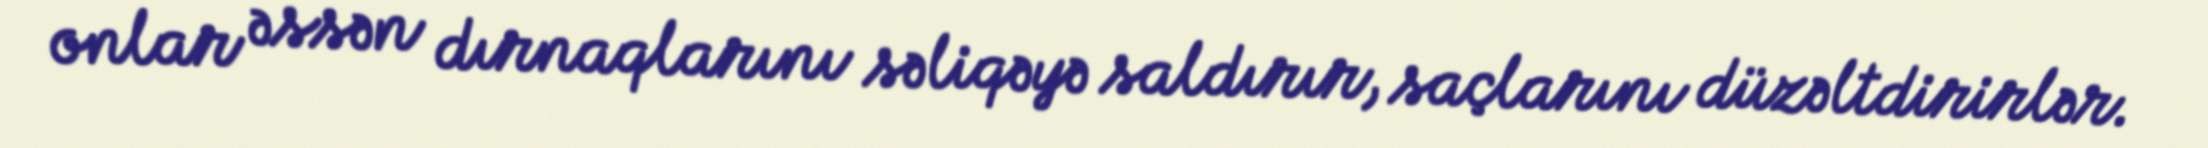
onlar əssən dırnaqlarını səliqəyə saldırır, saçlarını düzəltdirirlər.